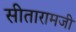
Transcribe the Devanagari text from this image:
सीतारामजी